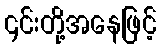
၄င်းတို့အနေဖြင့်